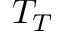
T _ { T }